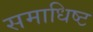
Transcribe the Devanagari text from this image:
समाधिष्ट